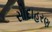
સોદાહરણ